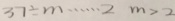
3 7 \div m \cdots 2 m > 2